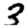
Digit: 3